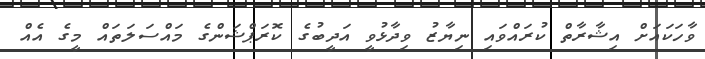
ވާހަކައަށް އިޝާރާތް ކުރައްވައި ނިޔާޒު ވިދާޅުވީ އަދީބުގެ ކޮރަޕްޝަންގެ މައްސަލަތައް މީގެ އެއް